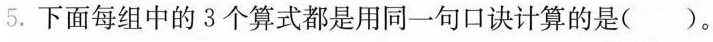
5.下面每组中的3个算式都是用同一句口诀计算的是( )。